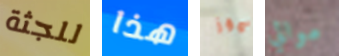
للجثة هذا موز موالي